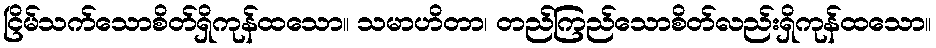
ငြိမ်သက်သောစိတ်ရှိကုန်ထသော။ သမာဟိတာ၊ တည်ကြည်သောစိတ်လည်းရှိကုန်ထသော။